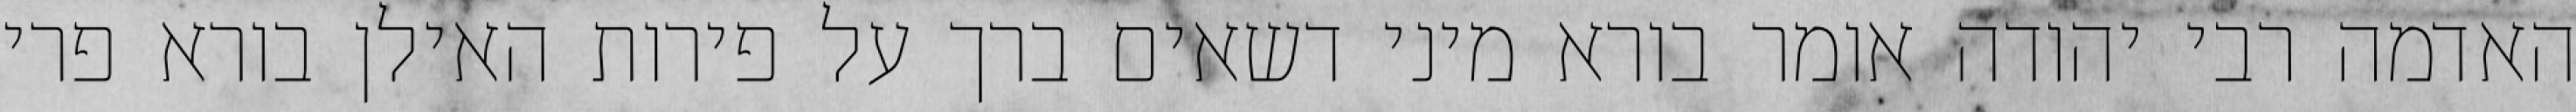
האדמה רבי יהודה אומר בורא מיני דשאים ברך על פירות האילן בורא פרי